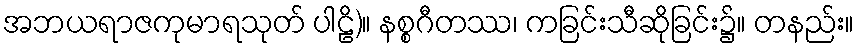
အဘယရာဇကုမာရသုတ် ပါဠိ)။ နစ္စဂီတဿ၊ ကခြင်းသီဆိုခြင်း၌။ တနည်း။